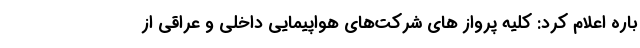
باره اعلام کرد: کلیه پرواز های شرکت‌های هواپیمایی داخلی و عراقی از